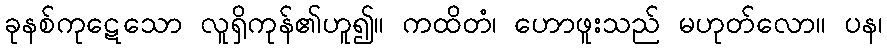
ခုနစ်ကုဋေသော လူရှိကုန်၏ဟူ၍။ ကထိတံ၊ ဟောဖူးသည် မဟုတ်လော။ ပန၊